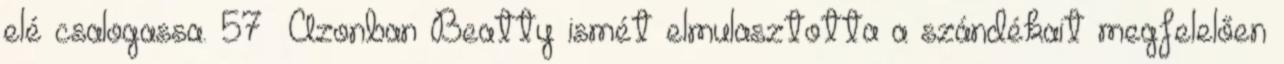
elé csalogassa. 57 Azonban Beatty ismét elmulasztotta a szándékait megfelelően